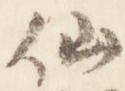
仙